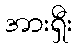
အားရှီး